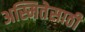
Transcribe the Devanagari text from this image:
अस्मितेसाठी